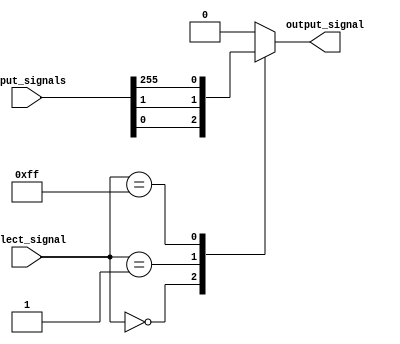
module multiplexer (
    input [255:0] input_signals,
    input [7:0] select_signal,
    output reg output_signal
);

always @(*) begin
    case(select_signal)
        8'b00000000: output_signal = input_signals[0];
        8'b00000001: output_signal = input_signals[1];
        // Add cases for all possible select_signal values up to 8'b11111111
        8'b11111111: output_signal = input_signals[255];
        default: output_signal = 0; // Default value in case select_signal is not one of the defined cases
    endcase
end

endmodule